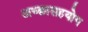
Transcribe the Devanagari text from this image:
अच्छासहयोग